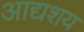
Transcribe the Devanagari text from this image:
आद्यशय